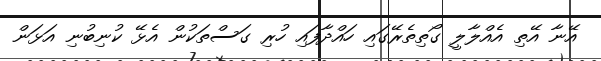
އޭނާ އޭތި އެއްލާލީ ގޯތިތެރޭގައި ހައްދާފައި ހުރި ގަސްތަކުން އެޅޭ ކުނިބުނި އަޅަން